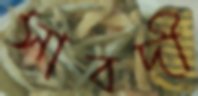
সাবদী